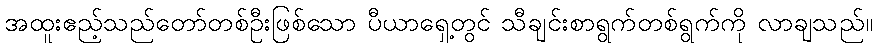
အထူးဧည့်သည်တော်တစ်ဦးဖြစ်သော ပီယာရှေ့တွင် သီချင်းစာရွက်တစ်ရွက်ကို လာချသည်။